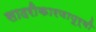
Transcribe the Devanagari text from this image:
सादरीकारणापूर्वी